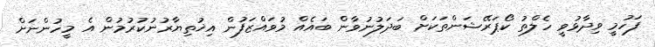
ފަހުމީ ވިދާޅުވީ ހެލްތު ކޯޕަރޭޝަންތަކަށް ބަދަލުނުވާން ބައެއް މުވައްޒަފުން އިޚުތިޔާރުނުކުރުމުން އެ މީހުންނަށް